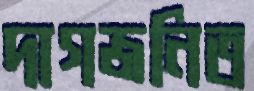
দাগজনিত